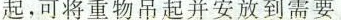
起，可将重物吊起并安放到需要